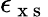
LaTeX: \epsilon_{\mathrm{~x~s~}}